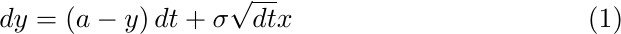
\begin{equation}\label{eq:5}
   dy = \left(a - y\right)dt + \sigma\sqrt{dt}x
\end{equation}